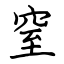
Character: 窒